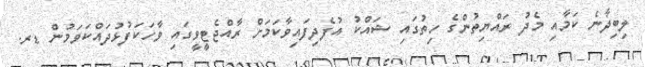
ލިބިދާނެ ކަމާއި މެދު ރައްޔިތުންގެ ހިތުގައި ޝައްކު އުފެދިފައިވާކަމަށް ރާއްޖެޓީވީގައި ވާހަކަފުޅުދައްކަވަމުން ޑރ.